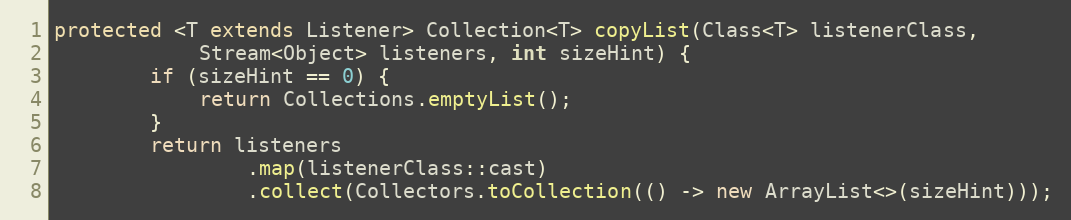
Language: Java
protected <T extends Listener> Collection<T> copyList(Class<T> listenerClass,
            Stream<Object> listeners, int sizeHint) {
        if (sizeHint == 0) {
            return Collections.emptyList();
        }
        return listeners
                .map(listenerClass::cast)
                .collect(Collectors.toCollection(() -> new ArrayList<>(sizeHint)));